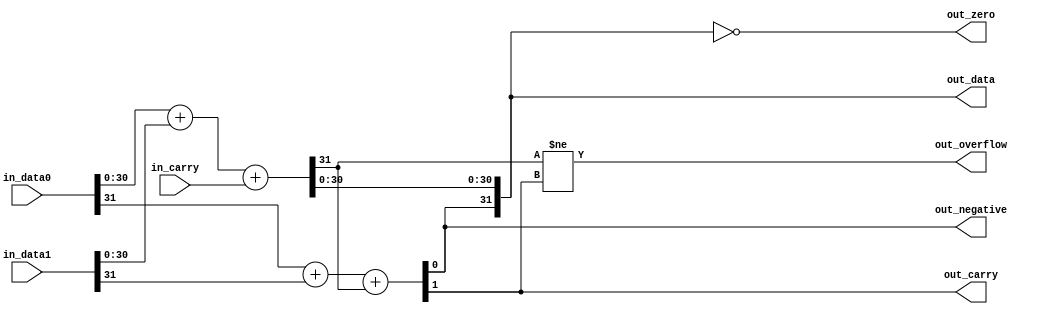
// ---------------------------------------------------------------------------
//  Jelly  -- the soft-core processor system
//    MIPS like CPU core
//
//                                  Copyright (C) 2008-2010 by Ryuji Fuchikami
//                                  https://github.com/ryuz/jelly.git
// ---------------------------------------------------------------------------



`timescale       1ns / 1ps
`default_nettype none



// adder
module jelly_cpu_adder
        #(
            parameter                           DATA_WIDTH = 32
        )
        (
            input   wire    [DATA_WIDTH-1:0]    in_data0,
            input   wire    [DATA_WIDTH-1:0]    in_data1,
            input   wire                        in_carry,
            
            output  wire    [DATA_WIDTH-1:0]    out_data,
            
            output  wire                        out_carry,
            output  wire                        out_overflow,
            output  wire                        out_negative,
            output  wire                        out_zero
        );
    
    // add
    wire                        msb_carry;
    assign {msb_carry, out_data[DATA_WIDTH-2:0]} = in_data0[DATA_WIDTH-2:0] + in_data1[DATA_WIDTH-2:0] + in_carry;
    
    // add MSB
    assign {out_carry, out_data[DATA_WIDTH-1]} = in_data0[DATA_WIDTH-1] + in_data1[DATA_WIDTH-1] + msb_carry;
    
    // overflow
    assign out_overflow = (msb_carry != out_carry);
    
    // negative
    assign out_negative = out_data[DATA_WIDTH-1];
    
    // zero
    assign out_zero = (out_data == {DATA_WIDTH{1'b0}});
    
endmodule



`default_nettype wire


// end of file